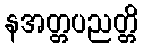
နအတ္တပညတ္တိ